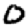
Digit: 0